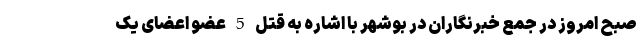
صبح امروز در جمع خبرنگاران در بوشهر با اشاره به قتل 5 عضو اعضای یک